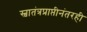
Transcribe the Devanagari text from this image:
स्वातंत्रप्राप्तीनंतरही